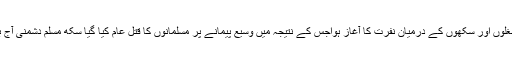
اس واقعہ سے مغلوں اور سکھوں کے درمیان نفرت کا آغاز ہواجس کے نتیجہ میں وسیع پیمانے پر مسلمانوں کا قتل عام کیا گیا سکھ مسلم دشمنی آج بھی جاری ہے ۔